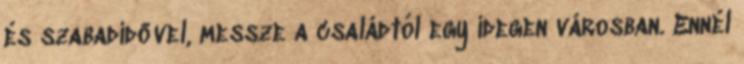
és szabadidővel, messze a családtól egy idegen városban. Ennél